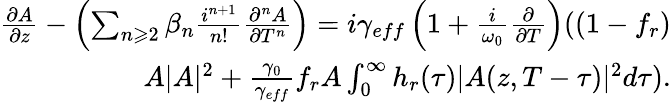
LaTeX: \begin{array}{r}{\frac{\partial A}{\partial z}-\left(\sum_{n\geqslant 2}\beta_{n}\frac{i^{n+1}}{n!}\frac{\partial^{n}A}{\partial T^{n}}\right)=i\gamma_{eff}\left(1+\frac{i}{\omega_{0}}\frac{\partial}{\partial T}\right)(\left(1-f_{r}\right)}\\ {A|A|^{2}+\frac{\gamma_{0}}{\gamma_{eff}}f_{r}A\int_{0}^{\infty}h_{r}(\tau)|A(z,T-\tau)|^{2}d\tau).}\end{array}